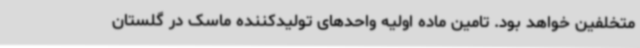
متخلفین خواهد بود. تامین ماده اولیه واحدهای تولیدکننده ماسک در گلستان